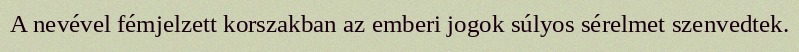
A nevével fémjelzett korszakban az emberi jogok súlyos sérelmet szenvedtek.